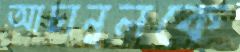
আচানুলকে